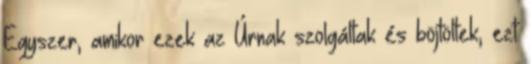
Egyszer, amikor ezek az Úrnak szolgáltak és böjtöltek, ezt